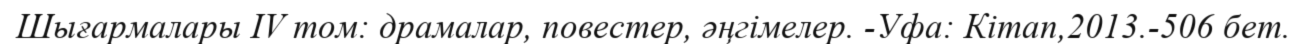
Шығармалары IV том: драмалар, повестер, әңгімелер. -Уфа: Кітап,2013.-506 бет.